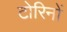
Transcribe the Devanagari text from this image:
टोरिनों